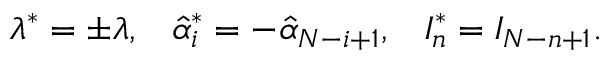
\lambda ^ { * } = \pm \lambda , \; \; \; \hat { \alpha } _ { i } ^ { * } = - \hat { \alpha } _ { N - i + 1 } , \; \; \; I _ { n } ^ { * } = I _ { N - n + 1 } .